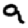
Digit: 9